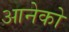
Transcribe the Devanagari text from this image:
आनेको